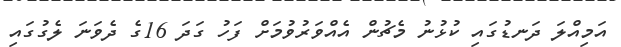
އަމިއްލަ ދަނޑުގައި ކުޅުނު މެޗުން އެއްވަރުވުމަށް ފަހު ގަދަ 16ގެ ދެވަނަ ލެގުގައި